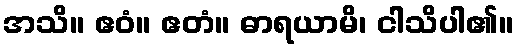
အသိ။ ဧဝံ။ ဧတံ။ ဓာရယာမိ၊ ငါသိပါ၏။